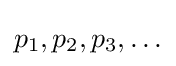
p_{1},p_{2},p_{3},\ldots